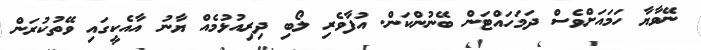
ނޭވާޔާ ހަމައަށްވެސް ދަމަހައްޓަން ބޭނުންކަން. އުފާވެރި ލޯބި ދިރިއުޅުމެއް ޔާނު އާއެކީގައި ވޭތުކުރަން